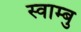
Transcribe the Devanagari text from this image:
स्वाम्बु